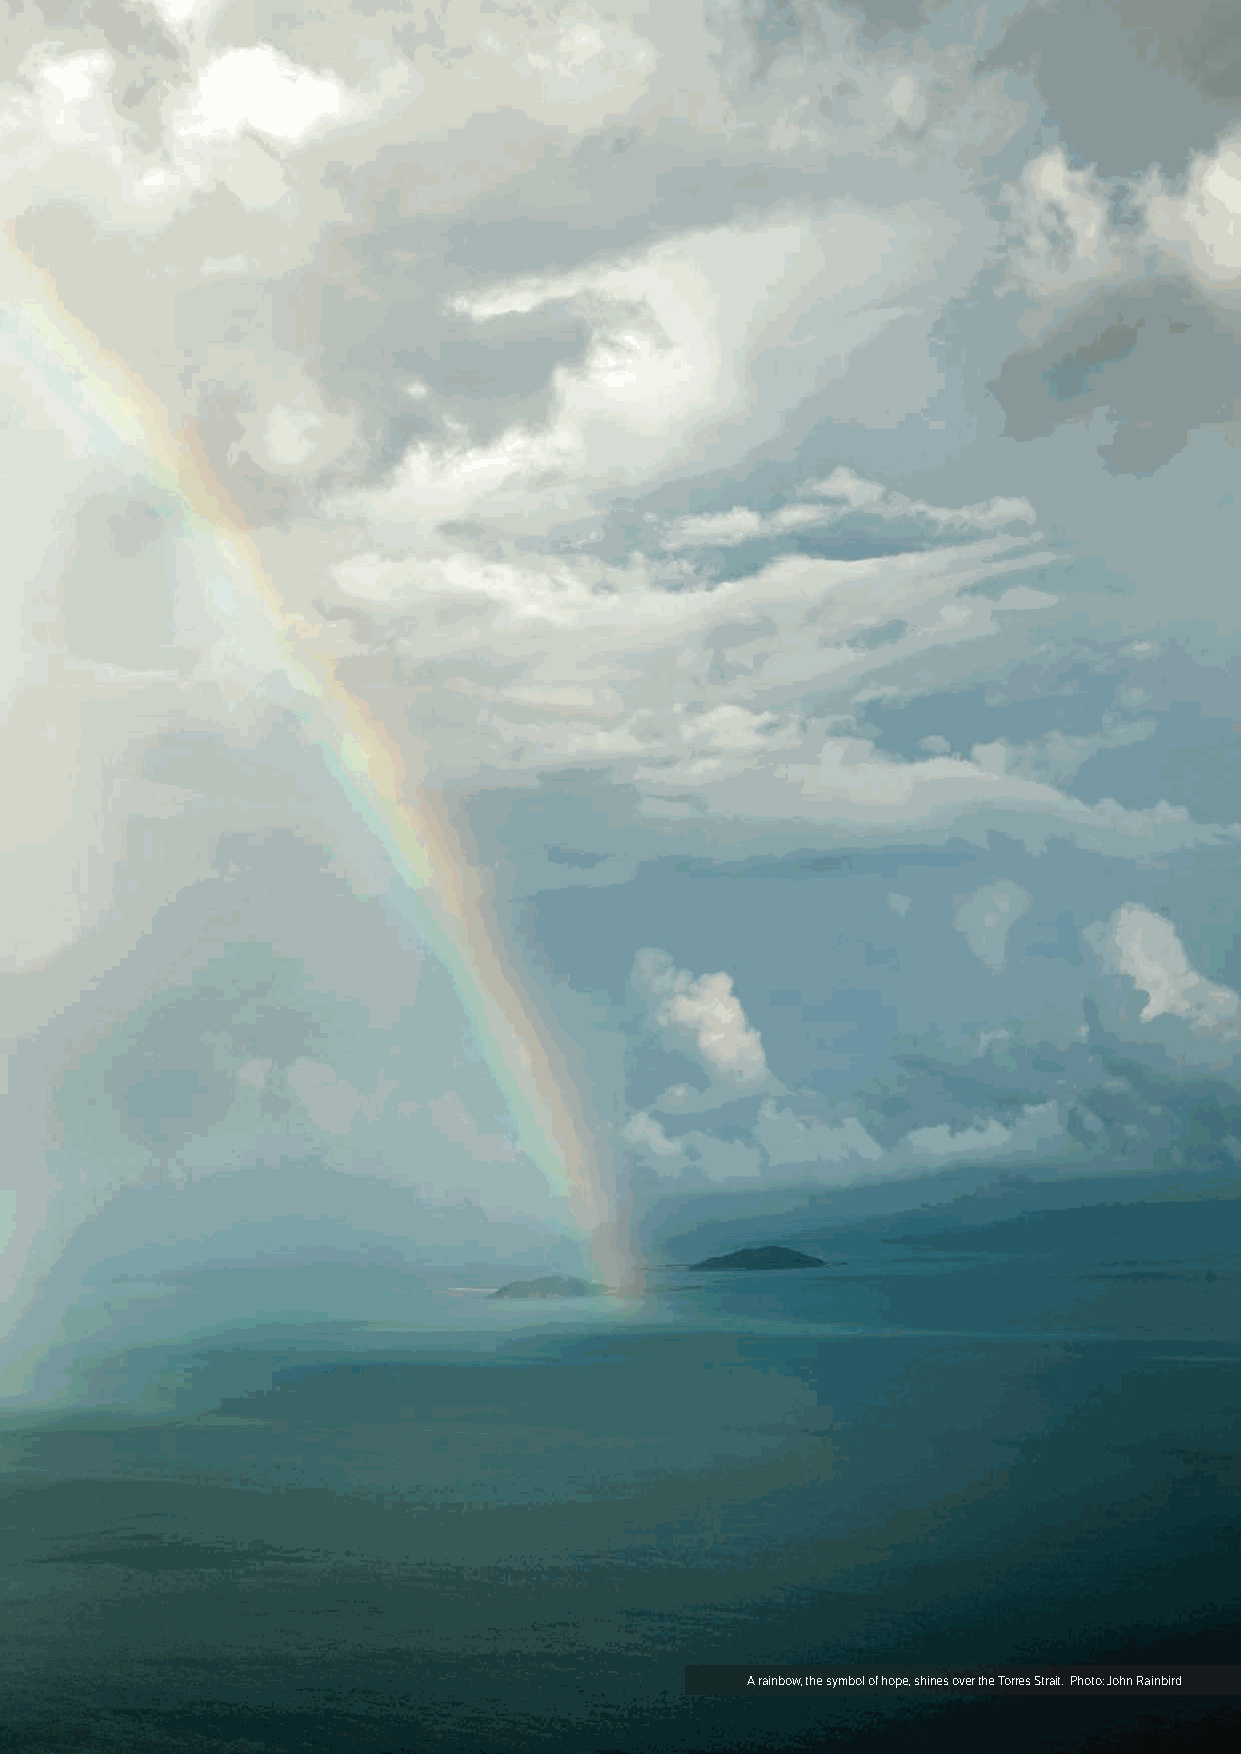
94 Torres Strait Regional Adaptation and Resilience Plan Torres Strait Regional Adaptation and Resilience Plan 95
 A rainbow, the symbol of hope, shines over the Torres Strait. Photo: John Rainbird